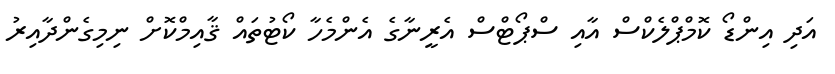
އަދި އިންޑޯ ކޮމްޕްލެކްސް އާއި ސްޕޯޓްސް އެރީނާގެ އެންމެހާ ކޯޓުތައް ޤާއިމްކޮށް ނިމިގެންދާއިރު